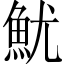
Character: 魷